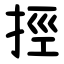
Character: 挳